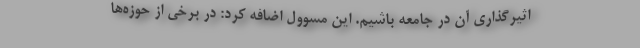
اثیرگذاری آن در جامعه باشیم. این مسوول اضافه کرد: در برخی از حوزه‌ها